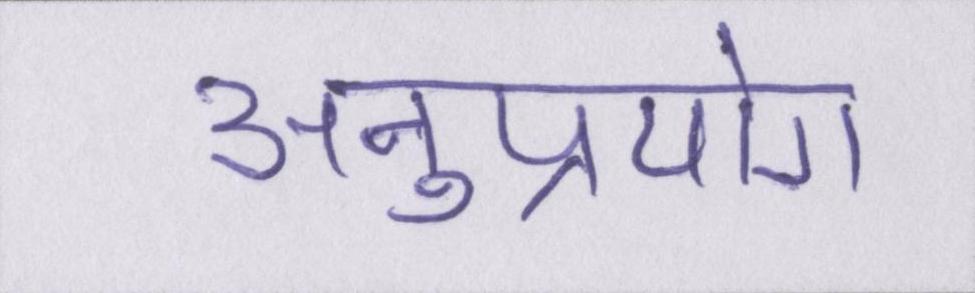
अनुप्रयोग